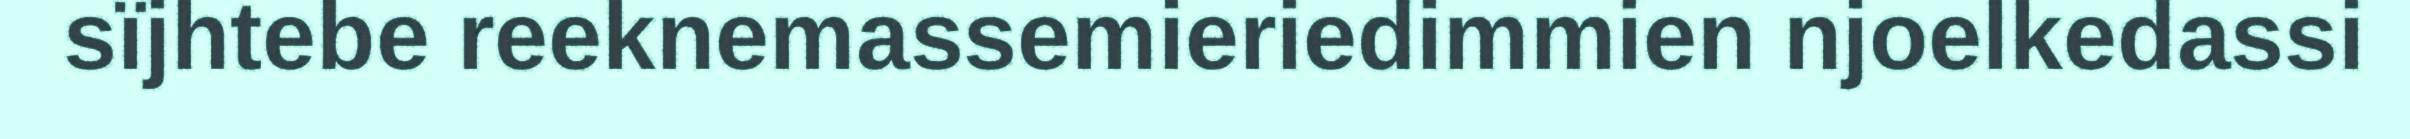
sïjhtebe reeknemassemieriedimmien njoelkedassi